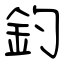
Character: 釣